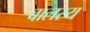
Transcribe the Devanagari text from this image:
बालस्य